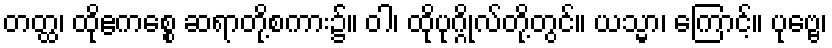
တတ္ထ၊ ထိုဧကစ္စေ ဆရာတို့စကား၌။ ဝါ၊ ထိုပုဂ္ဂိုလ်တို့တွင်။ ယသ္မာ၊ ကြောင့်။ ပုဗ္ဗေ၊